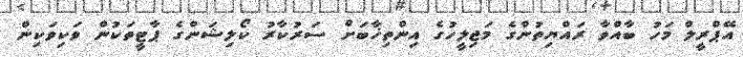
އޭޕްރީލް މަހު ބާއްވާ ރައްޔިތުންގެ މަޖިލީހުގެ އިންތިޚާބަށް ސަރުކާރު ކޯލިޝަންގެ ޕާޓީތަކުން ވަކިވަކިން